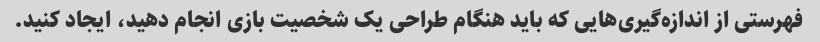
فهرستی از اندازه‌گیری‌هایی که باید هنگام طراحی یک شخصیت بازی انجام دهید، ایجاد کنید.